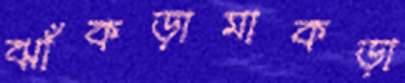
ঝাঁকড়ামাকড়া